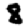
Digit: 8